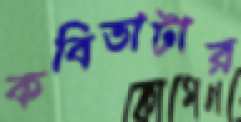
কবিতাটার